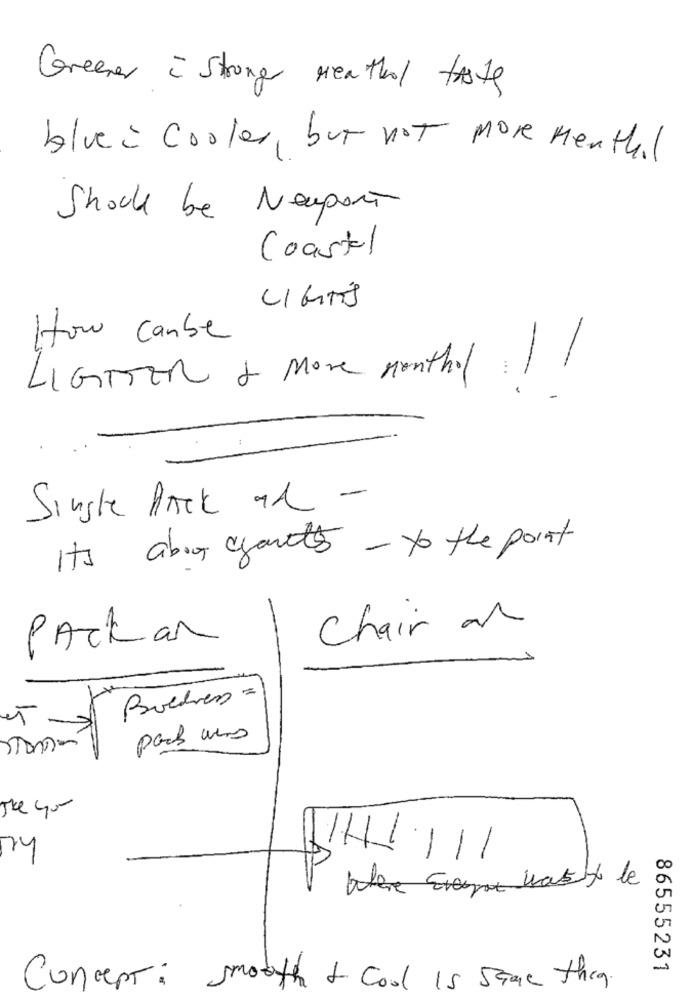
Greener i Stronger Menthol taste
blue i Cooler, but not more Menthal
Should be Newport
Coastal
LIGHTS
How Canbe
LIGTTER & More monthol !!!
Single Pack ar -
It's about ayant's - to the point
Chair on
Packan
Boldness =)
IT -
pack wars
The yor
-
My
Where Everyone wasty le
86555231
Concept: smooth & Cool is same they.